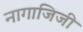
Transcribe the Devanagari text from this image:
नागाजिजी